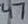
Text: 47